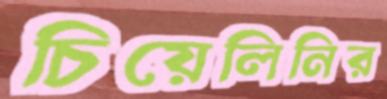
চিয়েলিনির